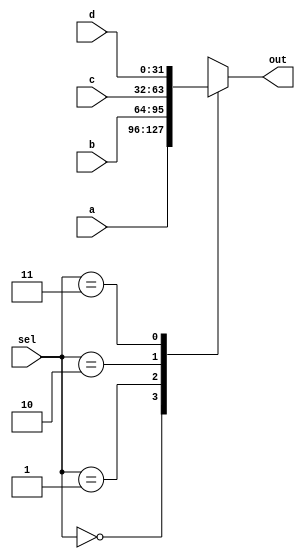
`timescale 1ns / 1ps
//
// For way mux, can't argue with that.
//
module mux_4(
    input [31:0] a, b, c, d,
	input [1:0]  sel,
	output reg [31:0] out
);

always @(*)
	case(sel)
		2'b00: out <= a;
		2'b01: out <= b;
		2'b10: out <= c;
		2'b11: out <= d;
	endcase


endmodule